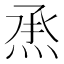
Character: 𤉋